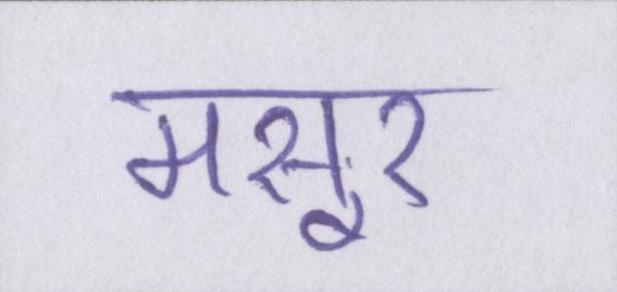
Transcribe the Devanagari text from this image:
मसूर